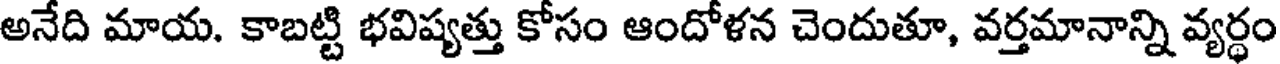
అనేది మాయ. కాబట్టి భవిష్యత్తు కోసం ఆందోళన చెందుతూ, వర్తమానాన్ని వ్యర్ధం